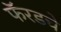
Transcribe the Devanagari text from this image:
फॅरडचे